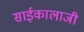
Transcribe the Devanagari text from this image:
साईकालाजी